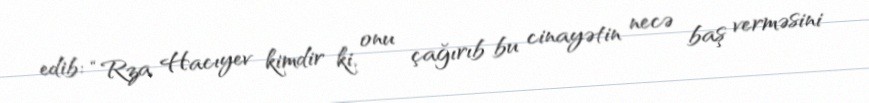
edib: “Rza Hacıyev kimdir ki, onu çağırıb bu cinayətin necə baş verməsini